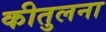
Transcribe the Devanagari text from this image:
कीतुलना